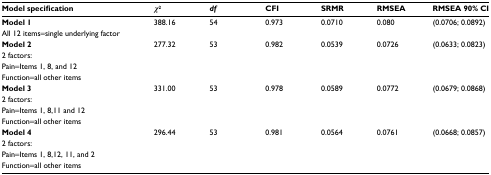
<table><thead><tr><td><b>Model specification</b></td><td><b><i>χ</i><sup>2</sup></b></td><td><b><i>df</i></b></td><td><b>CFI</b></td><td><b>SRMR</b></td><td><b>RMSEA</b></td><td><b>RMSEA 90% CI</b></td></tr></thead><tbody><tr><td><b>Model 1</b>All 12 items=single underlying factor</td><td>388.16</td><td>54</td><td>0.973</td><td>0.0710</td><td>0.080</td><td>(0.0706; 0.0892)</td></tr><tr><td><b>Model 2</b>2 factors:Pain=Items 1, 8, and 12Function=all other items</td><td>277.32</td><td>53</td><td>0.982</td><td>0.0539</td><td>0.0726</td><td>(0.0633; 0.0823)</td></tr><tr><td><b>Model 3</b>2 factors:Pain=Items 1, 8,11 and 12Function=all other items</td><td>331.00</td><td>53</td><td>0.978</td><td>0.0589</td><td>0.0772</td><td>(0.0679; 0.0868)</td></tr><tr><td><b>Model 4</b>2 factors:Pain=Items 1, 8,12, 11, and 2Function=all other items</td><td>296.44</td><td>53</td><td>0.981</td><td>0.0564</td><td>0.0761</td><td>(0.0668; 0.0857)</td></tr></tbody></table>